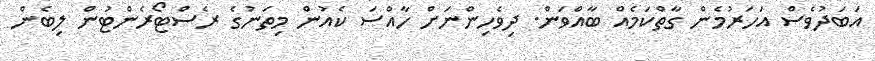
އަބަދުވެސް އަހަރުމެން ގާތްކަމެއް ބާއްވަން. ދިވެހިންނަށް ހާއްސަ ކެއުން މިތަނުގެ ރެސްޓޯރެންޓުން ލިބެން